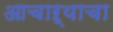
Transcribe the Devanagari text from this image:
आचाऱ्याचा